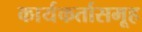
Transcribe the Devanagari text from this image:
कार्यकर्तासमूह